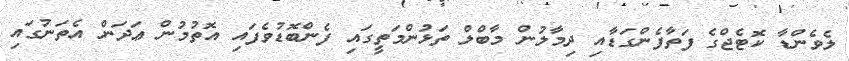
ލެވެންޑާ ކޮޓެޖްގެ ފަތާފެންގަޑާއި ދިމާލުން މާބްލް ތަޅުންމަތީގައި ފެންބޮޑުވެފައި އޮތުމުން ޢަދަން އެތަނުގައި